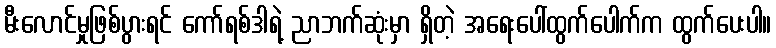
မီးလောင်မှုဖြစ်ပွားရင် ကော်ရစ်ဒါရဲ့ ညာဘက်ဆုံးမှာ ရှိတဲ့ အရေးပေါ်ထွက်ပေါက်က ထွက်ပေးပါ။